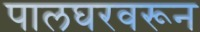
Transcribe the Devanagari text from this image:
पालघरवरून